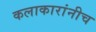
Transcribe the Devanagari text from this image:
कलाकारांनीच